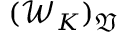
( \mathcal { W } _ { K } ) _ { \mathfrak { V } }